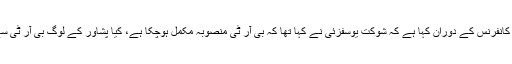
عاجز دھامرا نے پریس کانفرنس کے دوران کہا ہے کہ شوکت یوسفزئی نے کہا تھا کہ بی آر ٹی منصوبہ مکمل ہوچکا ہے، کیا پشاور کے لوگ بی آر ٹی سے مستفید ہو رہے ہیں ؟